Tezpur Lunatic Asylum reports 1877-1894 - 1877-1894
Year: 1877
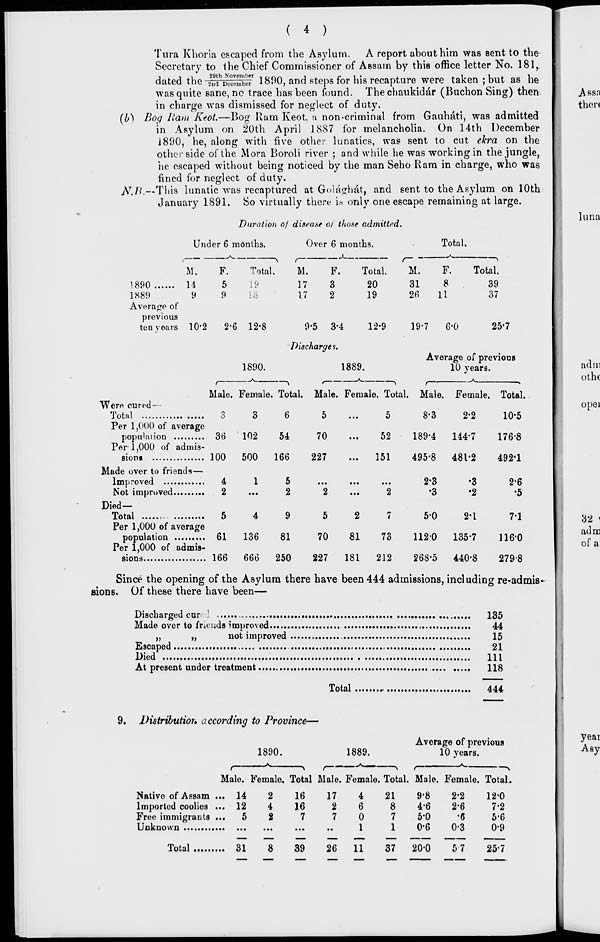
( 4 )
Tura Khoria escaped from the Asylum. A report about him was sent to the
Secretary to Ihe Chief Commissioner of Assam by this office letter No. 181,
dated the ZlTvZZbn 1800, and steps for his recapture were taken ; but as he
was quite sane, no trace has been found. Thechaukidar (Buchon Sing) then
in charge was dismissed for neglect of duty.
(b') Bog Ham Keot.—Bog Ram Keot. a non-criminal from Gauhati, was admitted
in Asylum on 20th April 1887 for melancholia. On 14th December
1890, he, along with five other lunatics, was sent to cut ekra on the
other side of the Mora Boroli river ; and while he was working in the jungle,
he escaped without being noticed by the man Seho Ram in charge, who was
•fined for neglect of duty.
N.B.—This lunatic was recaptured at Golaghat, and sent to the Asylum on 10th
January 1891. So virtually there is only one escape remaining at large.
Duration of disease of those admitted.
Under 6 months.
M.
1890
14
1X89
9
Average of
previous
ten years 10*2
F.
5
9
Total.
19
18
Over 6 months.
i
Total.
M.
17
17
F.
3
2
2-6 12-8
1890.
9-5
3-4
Discharges.
Total.
20
19
12-9
M.
31
26"
F.
8
11
Total.
39
37
19-7
6-0
25*7
1889.
A—
Average of previous
10 years.
-->^_.
Male. Female. Total. Male. Female. Total. Male. Female. Total.
"Were cured—
Total
3
3
6
5
Per 1,000 of average
population
36
102
54
70
Per 1,000 of admis-
sion!
100
500
166
227
Made over to friends—
Improved
4
1
5
...
Not improved
2
...
2
2
Died—
Total
5
4
9
5
Per 1,000 of average
population
61
136
81
70
Per 1,000 of admis-
sions
166
666
250
227
o
52
151
2
81
181
73
212
8-3
189-4
495-8
2-3
•3
5-0
1120
268-5
2-2
144-7
481-2
•3
•2
2-1
135-7
440-8
10-5
176-8
492*1
2-6
•5
7-1
116-0
279-8
Since the opening of the Asylum there have been 444 admissions, including re-admis-
sions. Of these there have been—
Discharged eur \
135
Made over to friends improved
44
„
„
not improved
15
Escaped
21
Died
Ill
At present under treatment
118
Total
444
9. Distributioit according to Province—
1890.
1889.
Average of previous
10 3'ears.
Male. Female. Total Male. Female. Total. Male. Female. Total.
Native of Assam
Imported coolies
Free immigrants
Unk nown
Total
14
12
5
31
2
4
2
8
16
16
7
39
17
2
7
4
6
0
1
21
8
7
1
9-8
4-6
5-0
0-6
26
11
37
20-0
2-2
2-6
•6
03
57
12-0
7-2
5-6
0-9
25-7